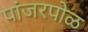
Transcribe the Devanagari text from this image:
पांजरपोळ